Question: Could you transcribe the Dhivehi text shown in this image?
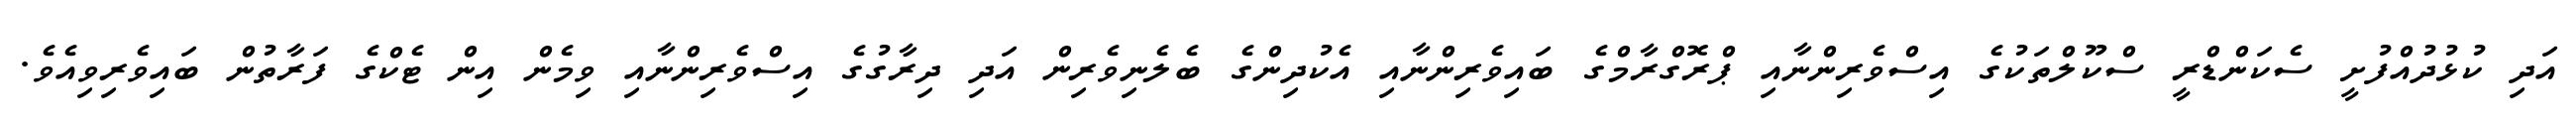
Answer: އަދި ކުޅުދުއްފުށީ ސެކަންޑްރީ ސްކޫލްތަކުގެ އިސްވެރިންނާއި ޕްރޮގްރާމްގެ ބައިވެރިންނާއި އެކުދިންގެ ބެލެނިވެރިން އަދި ދިރާގުގެ އިސްވެރިންނާއި ވިމެން އިން ޓެކްގެ ފަރާތުން ބައިވެރިވިއެވެ.